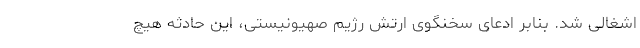
اشغالی شد. بنابر ادعای سخنگوی ارتش رژیم صهیونیستی، این حادثه هیچ